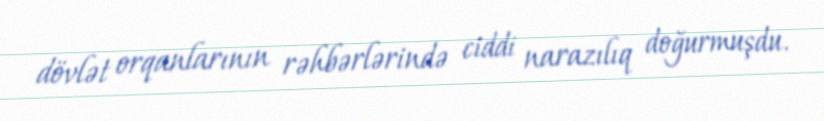
dövlət orqanlarının rəhbərlərində ciddi narazılıq doğurmuşdu.